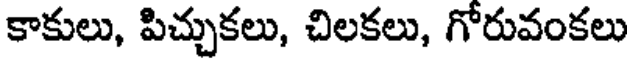
కాకులు, పిచ్చుకలు, చిలకలు, గోరువంకలు